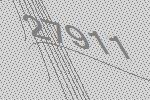
27911